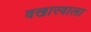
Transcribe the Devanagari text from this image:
वखारवाला